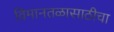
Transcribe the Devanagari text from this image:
विमानतळासाठीचा